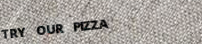
TRY OUR PIZZA